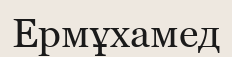
Ермұхамед